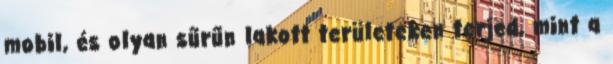
mobil, és olyan sűrűn lakott területeken terjed, mint a